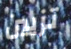
تزيين